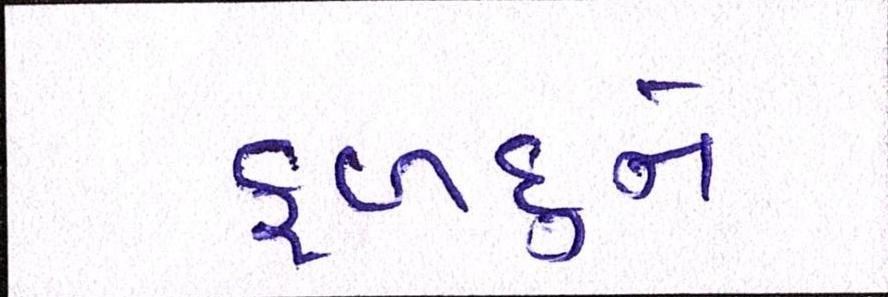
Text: ફળદુને